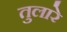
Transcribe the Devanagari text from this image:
तुलारे